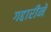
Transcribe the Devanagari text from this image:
गद्दारीने